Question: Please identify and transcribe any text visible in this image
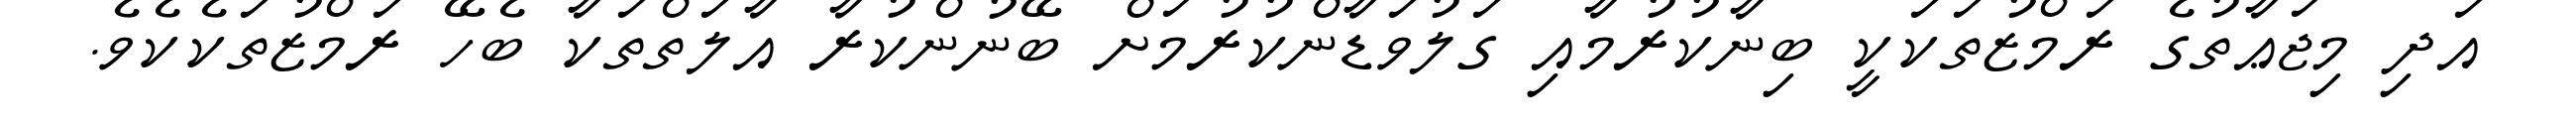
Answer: އަދި މިޖަޢާތުގެ ރަމްޒުތަކަކީ ބިނާކުރުމާއި ގަލުވަޑާންކުރުމަށް ބޭނުންކުރާ އާލަތްތަކާ ބެހޭ ރަމްޒުތަކެކެވެ.